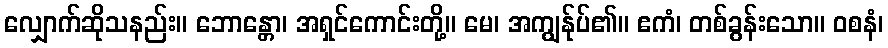
လျှောက်ဆိုသနည်း။ ဘောန္တော၊ အရှင်ကောင်းတို့။ မေ၊ အကျွန်ုပ်၏။ ဧကံ၊ တစ်ခွန်းသော။ ဝစနံ၊